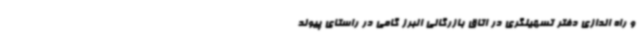
و راه اندازی دفتر تسهیلگری در اتاق بازرگانی البرز گامی در راستای پیوند